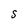
Character: S